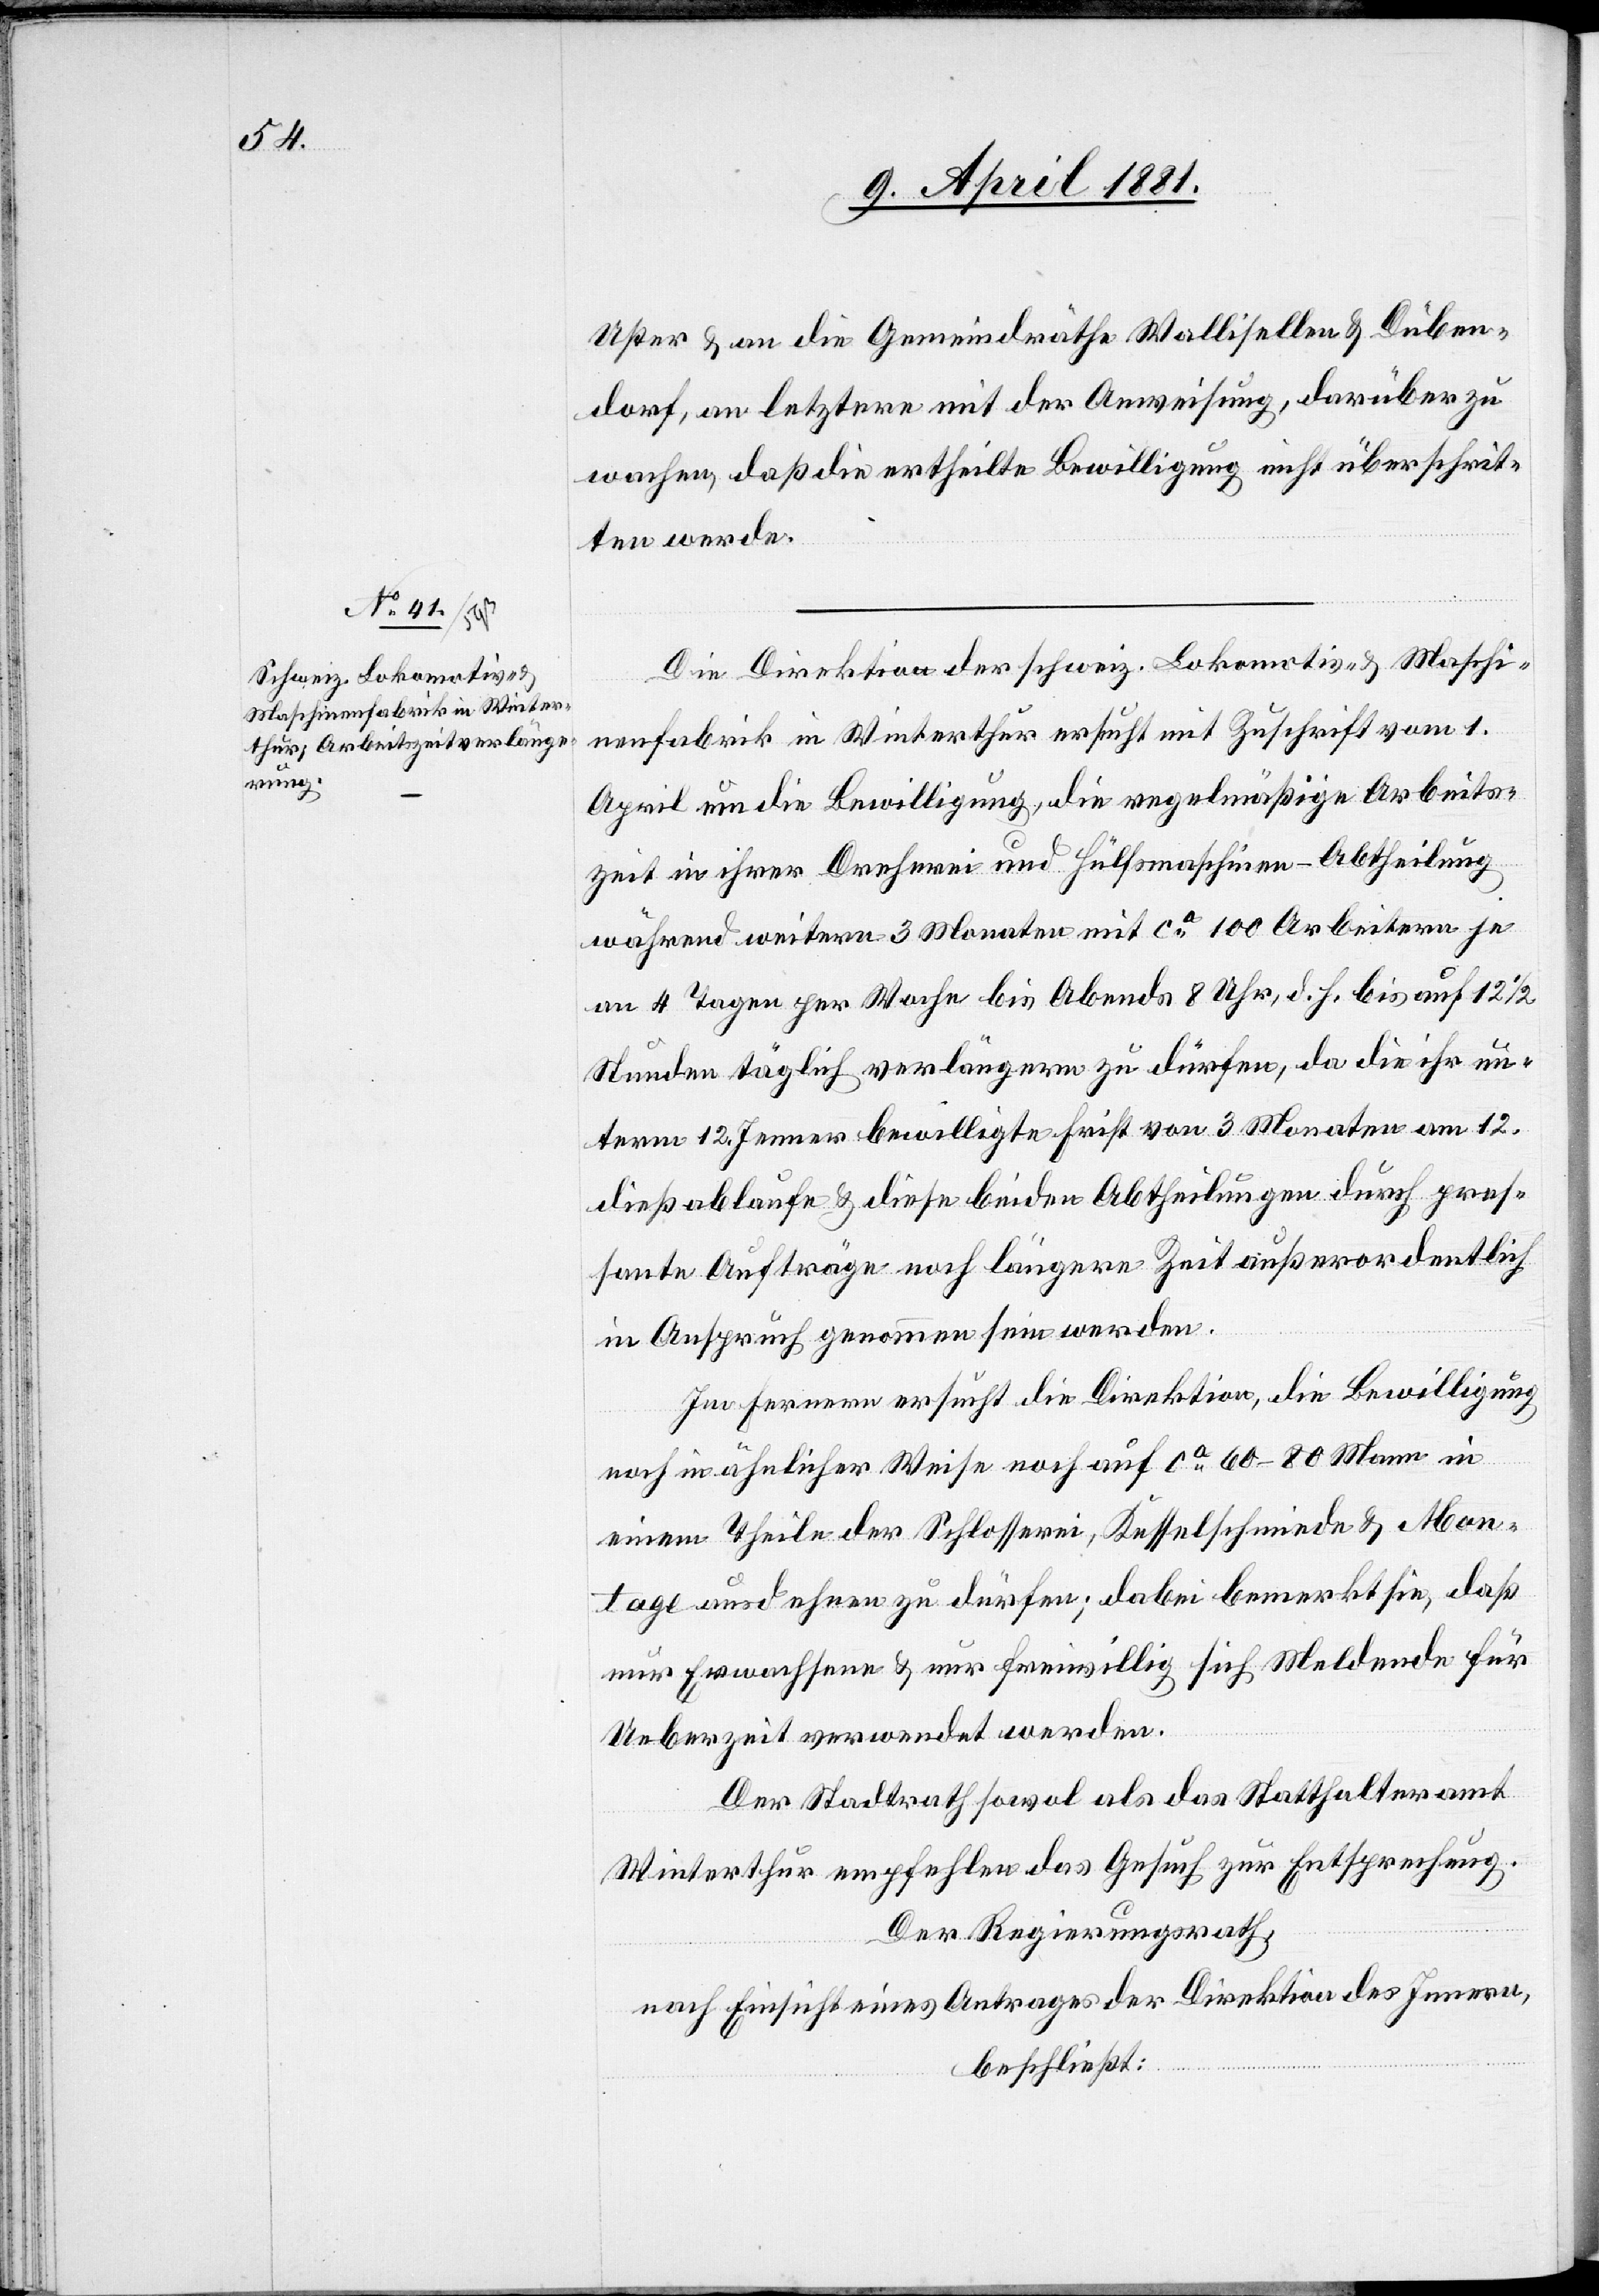
Uster & an die Gemeindräthe Wallisellen & Düben¬
dorf, an letzere mit der Anweisung, darüber zu
wachen ,daß die ertheilte Bewilligung nicht überschrit¬
ten werde.
Die Direktion der schweiz. Lokomotiv- & Maschi¬
nenfabrik in Winterthur ersucht mit Zuschrift vom 1.
April um die Bewilligung, die regelmäßige Arbeits¬
zeit in ihrer Dreherei und Hülfsmaschinen-Abtheilung
während weitern 3 Monaten mit ca 100 Arbeitern je
an 4 Tagen per Woche bis Abends 8 Uhr, d. h. bis auf 12 1/2
Stunden täglich verlängern zu dürfen, da die ihr un¬
term 12. Jenner bewilligte Frist von 3 Monaten am 12.
dieß ablaufe & diese beiden Abtheilungen durch pres¬
sante Aufträge noch längere Zeit außerordentlich
in Anspruch genommen sein werden.
Im Fernern ersucht die Direktion, die Bewilligung
noch in ähnlicher Weise noch auf ca 60–80 Mann in
einem Theile der Schlosserei, Kesselschmiede & Mon¬
tage ausdehnen zu dürfen; dabei bemerkt sie, daß
nur Erwachsene & nur freiwillig sich Meldende für
Ueberzeit verwendet werden.
Der Stadtrath sowol als das Statthalteramt
Winterthur empfehlen das Gesuch zur Entsprechung.
Der Regierungsrath,
nach Einsicht eines Antrages der Direktion des Innern,
beschließt: